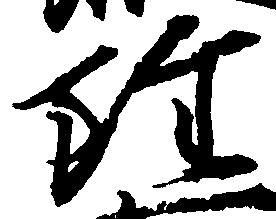
雖